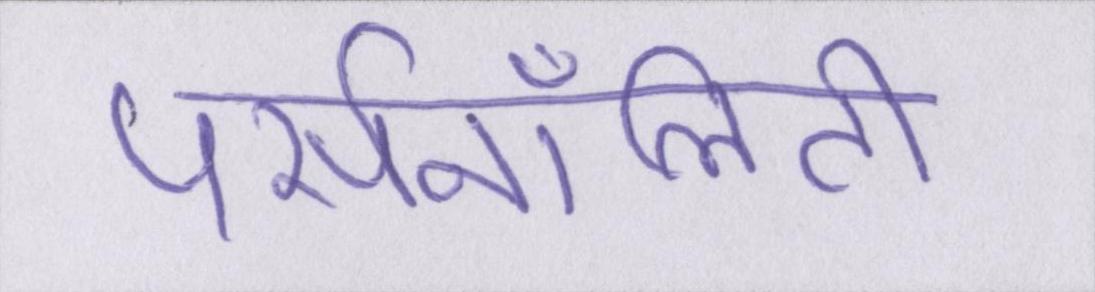
पर्सनॉलिटी